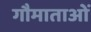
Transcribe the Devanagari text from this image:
गौमाताओं